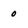
Character: 0